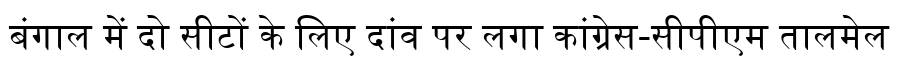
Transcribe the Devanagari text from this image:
बंगाल में दो सीटों के लिए दांव पर लगा कांग्रेस-सीपीएम तालमेल